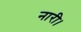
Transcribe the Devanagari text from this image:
नारी।